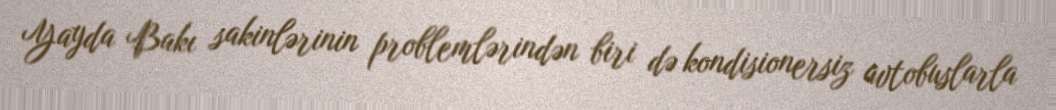
Yayda Bakı sakinlərinin problemlərindən biri də kondisionersiz avtobuslarla